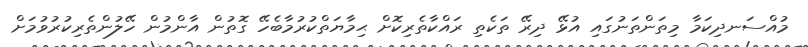
މުއްސަނދިކަމާ މިތަންތަނުގައި އުޅޭ ދިރޭ ތަކެތި ރައްކާތެރިކޮށް ޙިމާޔަތްކުރުމާބެހޭ ގޮތުން އާންމުން ހޭލުންތެރިކުރުވުމަށް